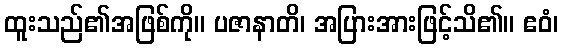
ထူးသည်၏အဖြစ်ကို။ ပဇာနာတိ၊ အပြားအားဖြင့်သိ၏။ ဧဝံ၊